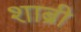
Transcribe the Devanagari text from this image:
शाब्री